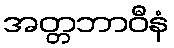
အတ္တဘာဝီနံ